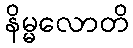
နိမ္မလောတိ